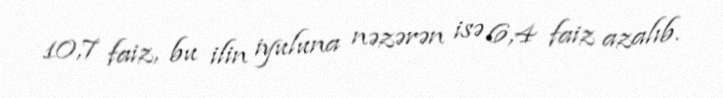
10,7 faiz, bu ilin iyuluna nəzərən isə 6,4 faiz azalıb.